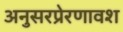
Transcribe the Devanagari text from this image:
अनुसरप्रेरणावश